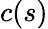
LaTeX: c(s)